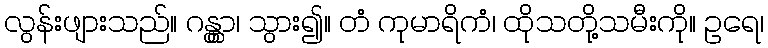
လွန်းဖျားသည်။ ဂန္တွာ၊ သွား၍။ တံ ကုမာရိကံ၊ ထိုသတို့သမီးကို။ ဥရေ၊